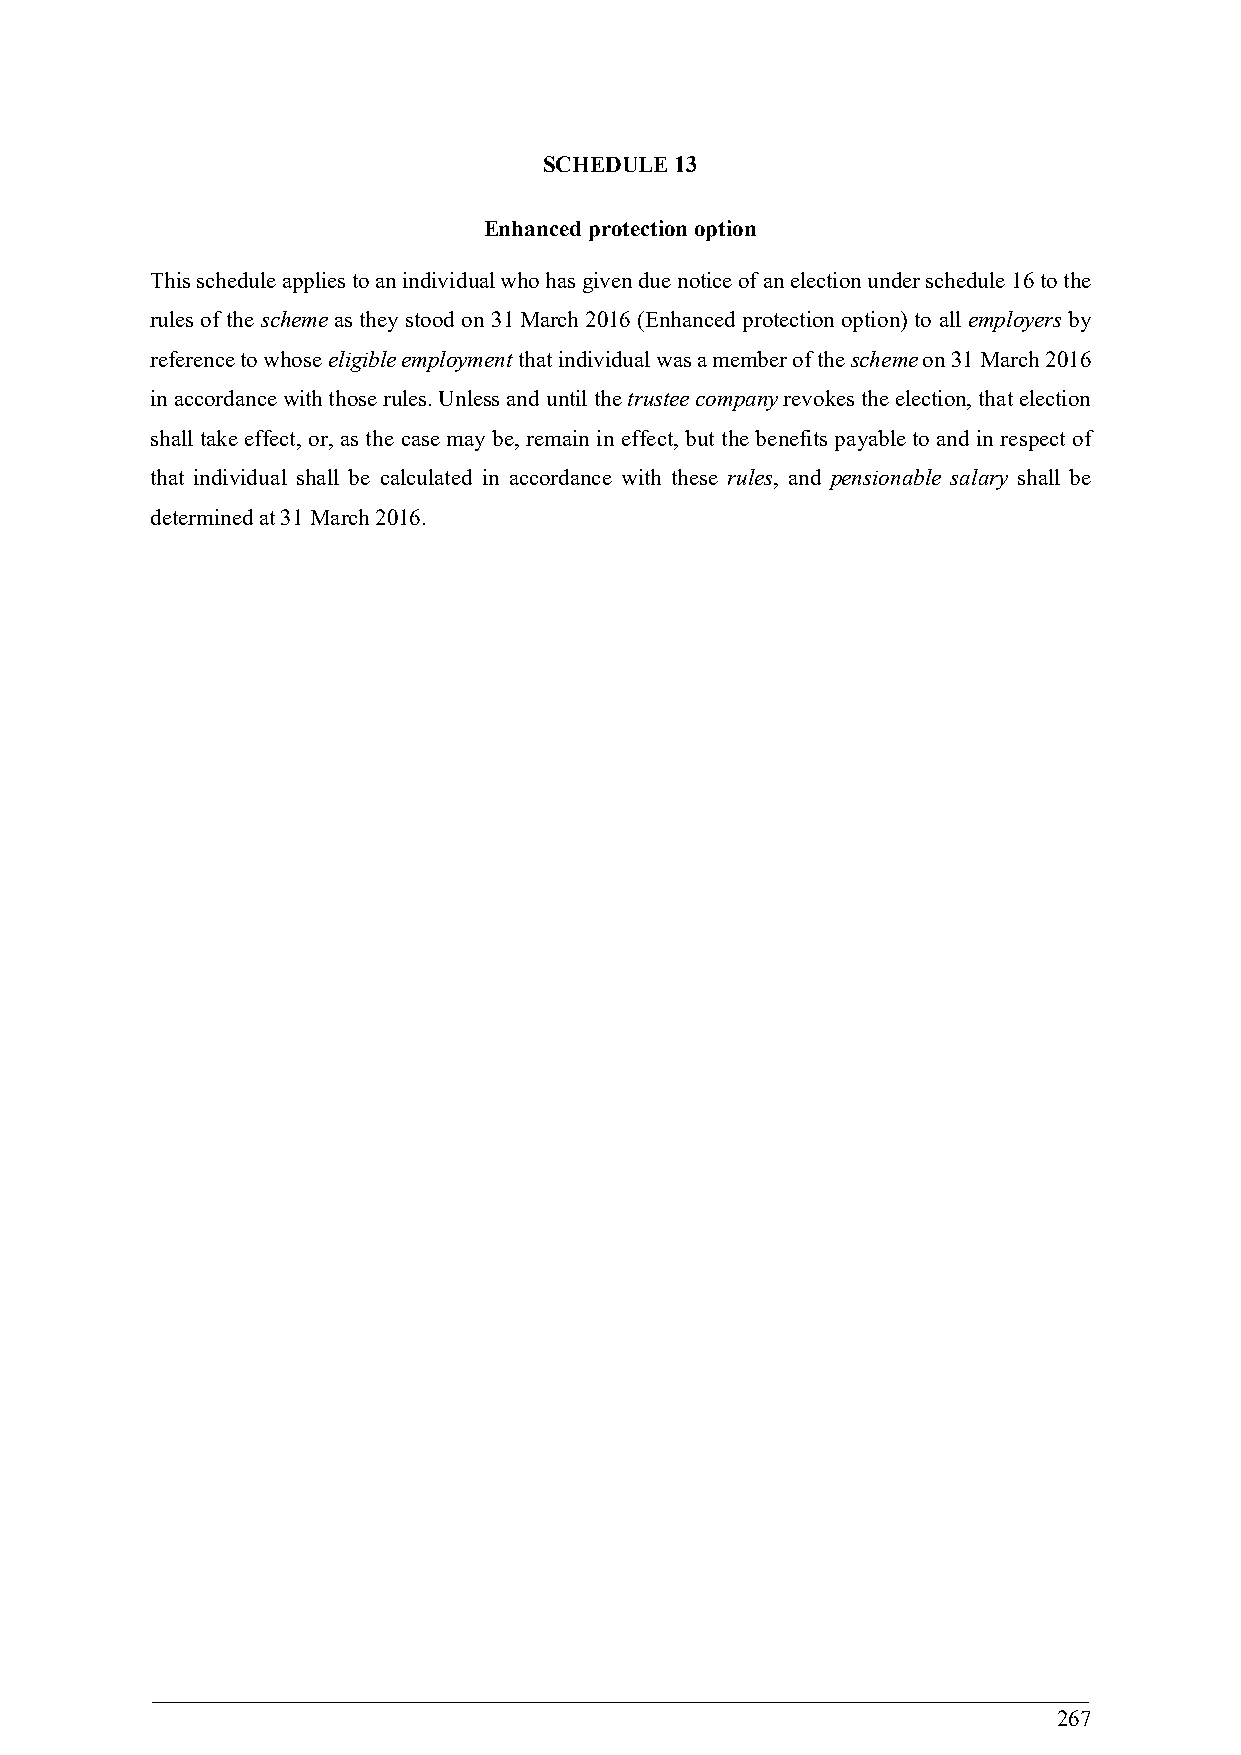
SCHEDULE 13
 Enhanced protection option
 This schedule applies to an individual who has given due notice of an election under schedule 16 to the
 rules of the scheme as they stood on 31 March 2016 (Enhanced protection option) to all employers by
 reference to whose eligible employment that individual was a member of the scheme on 31 March 2016
 in accordance with those rules. Unless and until the trustee company revokes the election, that election
 shall take effect, or, as the case may be, remain in effect, but the benefits payable to and in respect of
 that individual shall be calculated in accordance with these rules, and pensionable salary shall be
 determined at 31 March 2016.
 267